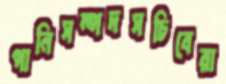
পানিসম্পদসচিবেরা